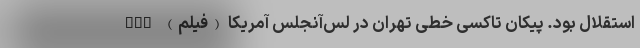
استقلال بود. پیکان تاکسی خطی تهران در لس‌آنجلس آمریکا (فیلم) nan